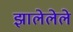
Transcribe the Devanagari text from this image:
झालेलेले